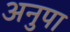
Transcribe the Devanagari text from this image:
अनुपा